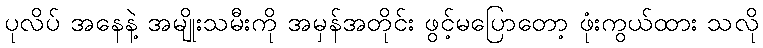
ပုလိပ် အနေနဲ့ အမျိုးသမီးကို အမှန်အတိုင်း ဖွင့်မပြောတော့ ဖုံးကွယ်ထား သလို